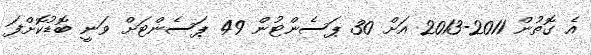
އެ ގޮތުން 2011-2013 އަށް 30 ޕަސެންޓުން 49 ޕަސެންޓަށް ވަނީ ބޮޑުކޮށްފަ